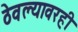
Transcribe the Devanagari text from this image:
ठेवल्यावरही